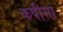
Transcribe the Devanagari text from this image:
कपीसा